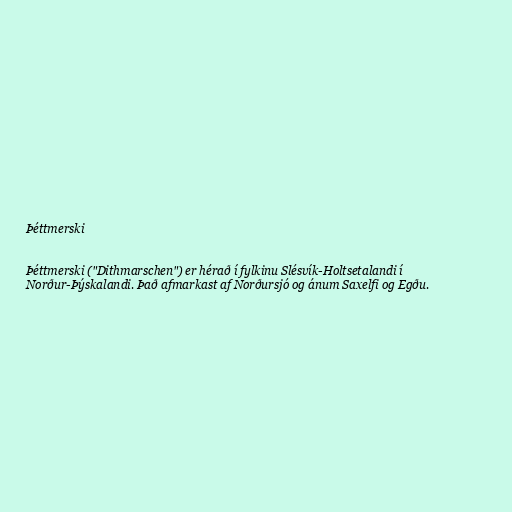
Þéttmerski

Þéttmerski ("Dithmarschen") er hérað í fylkinu Slésvík-Holtsetalandi í
Norður-Þýskalandi. Það afmarkast af Norðursjó og ánum Saxelfi og Egðu.